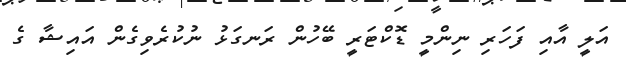
އަލީ އާއި ފަހަރި ނިންމީ ޑޮކްޓަރީ ބޭހުން ރަނގަޅު ނުކުރެވިގެން އައިޝާ ގެ